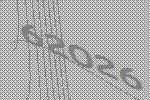
62026